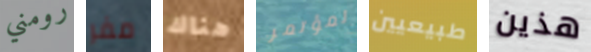
رومني مفر هناك لمؤتمر طبيعيين هذين